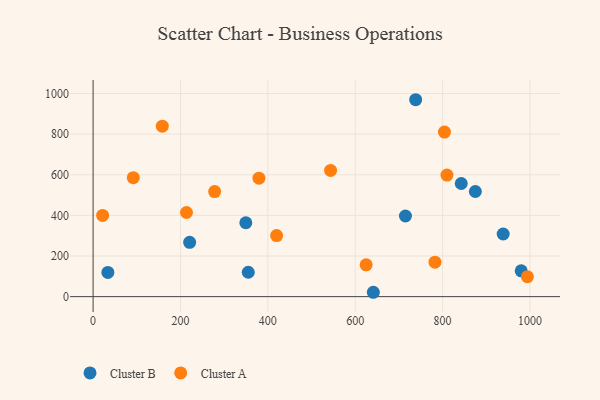
{"axis": {"x": "Experience", "y": "Demand"}, "legend": ["Cluster A", "Cluster B"], "data": [{"x": "715.0", "y": 397.1, "type": "Cluster B"}, {"x": "875.0", "y": 517.7, "type": "Cluster B"}, {"x": "221.0", "y": 267.6, "type": "Cluster B"}, {"x": "842.7", "y": 557.1, "type": "Cluster B"}, {"x": "33.8", "y": 119.0, "type": "Cluster B"}, {"x": "355.2", "y": 120.0, "type": "Cluster B"}, {"x": "938.7", "y": 308.5, "type": "Cluster B"}, {"x": "641.5", "y": 21.5, "type": "Cluster B"}, {"x": "738.4", "y": 969.4, "type": "Cluster B"}, {"x": "980.0", "y": 127.1, "type": "Cluster B"}, {"x": "349.6", "y": 363.7, "type": "Cluster B"}, {"x": "810.0", "y": 598.3, "type": "Cluster A"}, {"x": "92.0", "y": 585.7, "type": "Cluster A"}, {"x": "625.0", "y": 156.4, "type": "Cluster A"}, {"x": "21.8", "y": 399.7, "type": "Cluster A"}, {"x": "994.1", "y": 98.4, "type": "Cluster A"}, {"x": "543.6", "y": 621.3, "type": "Cluster A"}, {"x": "213.8", "y": 414.2, "type": "Cluster A"}, {"x": "782.6", "y": 169.5, "type": "Cluster A"}, {"x": "420.1", "y": 300.6, "type": "Cluster A"}, {"x": "379.7", "y": 583.1, "type": "Cluster A"}, {"x": "278.2", "y": 517.2, "type": "Cluster A"}, {"x": "158.4", "y": 839.4, "type": "Cluster A"}, {"x": "804.3", "y": 810.2, "type": "Cluster A"}]}